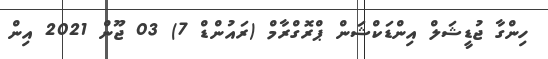
ހިންގާ ޖުޑީޝަލް އިންޑަކްޝަން ޕްރޮގްރާމް (ރައުންޑް 7) 03 ޖޫން 2021 އިން